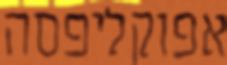
אפוקליפסה